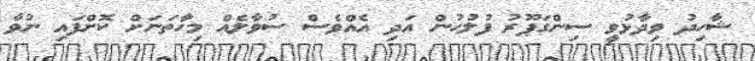
ޝާހިދު ވިދާޅުވީ ސިންގަޕޫރު ފުލުހުން އަދި އެއްވެސް ސުވާލެއް މިހާތަނަށް ކޮށްފައި ނުވާ